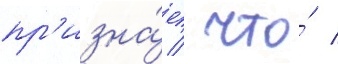
пр'изна́ет / что́ /